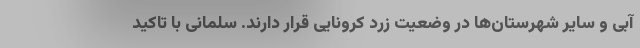
آبی و سایر شهرستان‌ها در وضعیت زرد کرونایی قرار دارند. سلمانی با تاکید